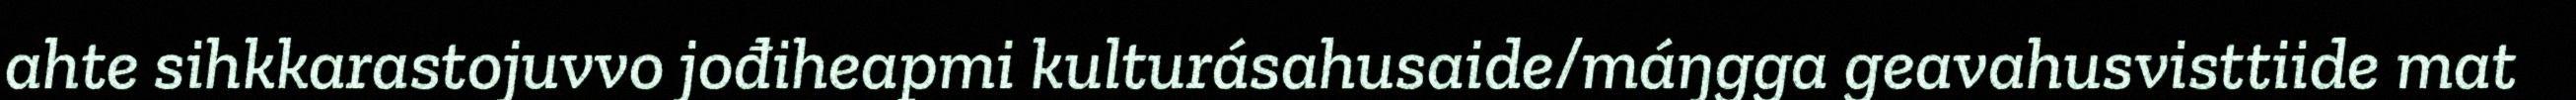
ahte sihkkarastojuvvo jođiheapmi kulturásahusaide/máŋgga geavahusvisttiide mat